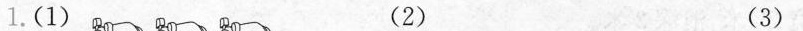
1.(1) (2) (3)